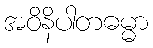
အဝိနိပါတဓမ္မာ